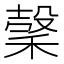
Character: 𥡛